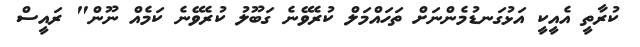
ކުރާތީ އެއީކީ އަޅުގަނޑުމެންނަށް ތަހައްމަލް ކުރެވޭނެ ގަބޫލު ކުރެވޭނެ ކަމެއް ނޫން" ރައީސް